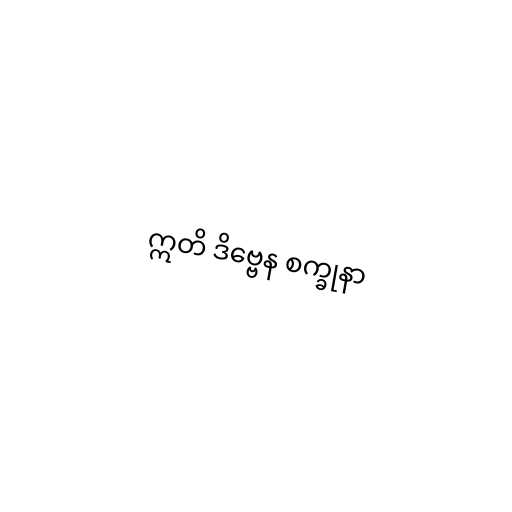
ဣတိ ဒိဗ္ဗေန စက္ခုနာ